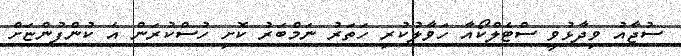
ސުޖާއު ވިދާޅުވީ ސްޓެލްކޯއާ ހަވާލުކުރި ހަތަރު ނަމްބަރު ކޮށި ހުސްކުރަން އެ ކުންފުންޏަށް